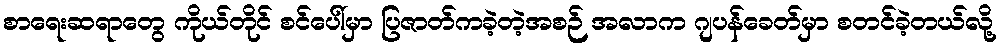
စာရေးဆရာတွေ ကိုယ်တိုင် စင်ပေါ်မှာ ပြဇာတ်ကခဲ့တဲ့အစဉ် အလာက ဂျပန်ခေတ်မှာ စတင်ခဲ့တယ်လို့